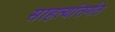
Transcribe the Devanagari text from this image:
साहत्यांतर्गत